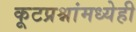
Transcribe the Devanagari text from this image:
कूटप्रश्नांमध्येही